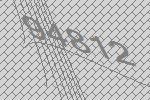
94812